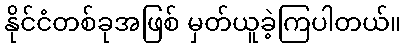
နိုင်ငံတစ်ခုအဖြစ် မှတ်ယူခဲ့ကြပါတယ်။